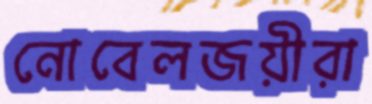
নোবেলজয়ীরা